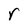
Character: r